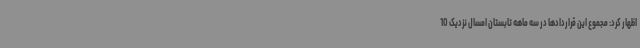
اظهار کرد: مجموع این قراردادها در سه ماهه تابستان امسال نزدیک 10